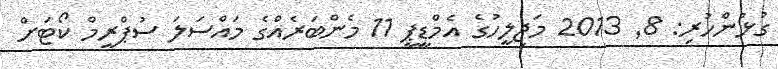
ގުޅުންހުރި: 8